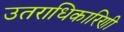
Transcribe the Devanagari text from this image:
उतराधिकारिणी